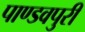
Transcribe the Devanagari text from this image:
पाण्डवपुरी